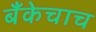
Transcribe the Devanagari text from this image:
बँकेचाच